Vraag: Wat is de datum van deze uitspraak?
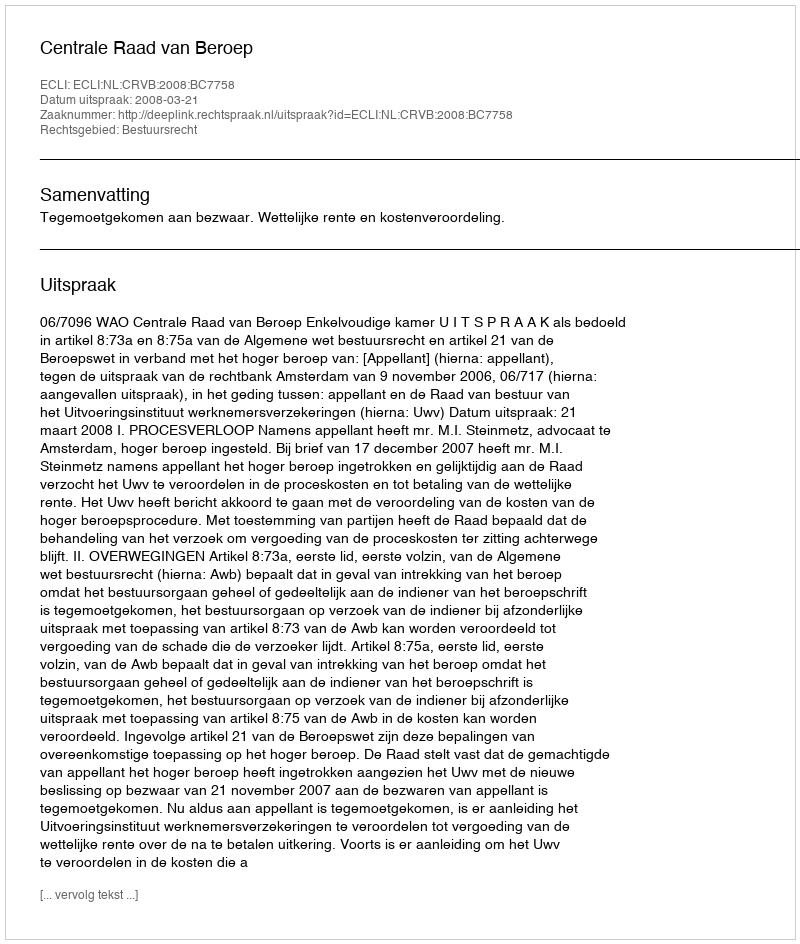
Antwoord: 2008-03-21